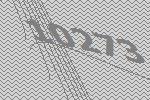
10273